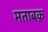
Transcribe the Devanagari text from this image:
मताबक़